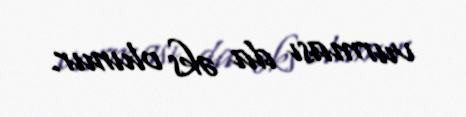
vurması da əks olunur.